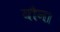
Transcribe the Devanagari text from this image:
यौन।